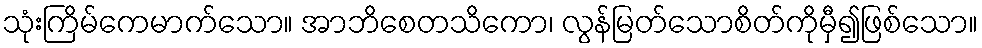
သုံးကြိမ်ကေမာက်သော။ အာဘိစေတသိကော၊ လွန်မြတ်သောစိတ်ကိုမှီ၍ဖြစ်သော။